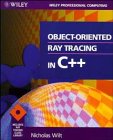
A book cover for Object-Oriented Ray Tracing in C++ (Wiley Professional Computing); Nicholas Wilt; Computers & Technology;